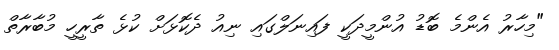
"މިހާރު އެންމެ ބޮޑު އުންމީދަކީ ފައިނަލްގައި ނިއު ދެކޮޅަށް ކުޅެ ތާރީހީ މުބާރާތް